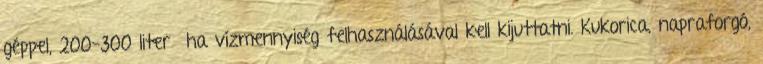
géppel, 200-300 liter ha vízmennyiség felhasználásával kell kijuttatni. Kukorica, napraforgó,